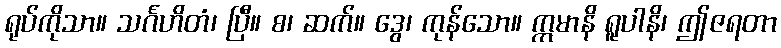
ရုပ်ကိုသာ။ သင်္ဂဟိတံ၊ ပြီ။ စ၊ ဆက်။ ဒွေ၊ ကုန်သော။ ဣမာနိ ရူပါနိ၊ ဤဇရတာ